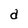
Character: d